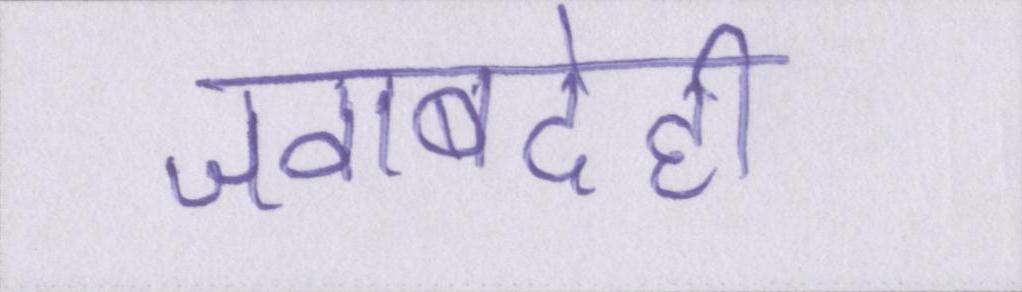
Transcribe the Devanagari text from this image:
जवाबदेही